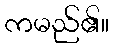
ကမည်၏။